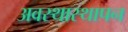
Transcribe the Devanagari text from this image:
अवस्थास्थापन